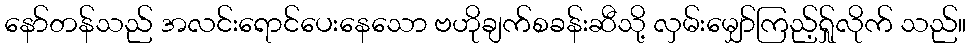
နော်တန်သည် အလင်းရောင်ပေးနေသော ဗဟိုချက်စခန်းဆီသို့ လှမ်းမျှော်ကြည့်ရ်ှုလိုက် သည်။